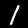
Label: 1